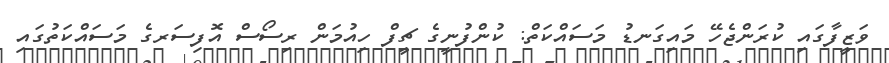
ވަޒީފާގައި ކުރަންޖެހޭ މައިގަނޑު މަސައްކަތް: ކުންފުނީގެ ޗީފް ހިއުމަން ރިސޯސް އޮފިސަރގެ މަސައްކަތުގައި